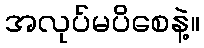
အလုပ်မပိစေနဲ့။